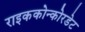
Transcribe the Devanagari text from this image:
राइककोन्कोरडेट